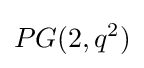
PG(2,q^{2})